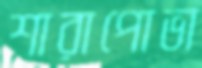
শারাপোভা